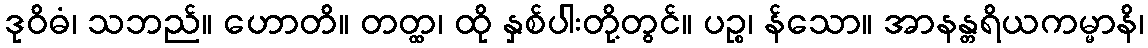
ဒုဝိဓံ၊ သဘည်။ ဟောတိ။ တတ္ထ၊ ထို နှစ်ပါးတို့တွင်။ ပဉ္စ၊ န်သော။ အာနန္တရိယကမ္မာနိ၊